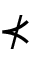
\nprec